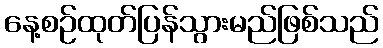
နေ့စဉ်ထုတ်ပြန်သွားမည်ဖြစ်သည်